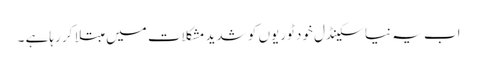
اب یہ نیا سکینڈل خود ٹوریوں کو شدید مشکلات میں مبتلا کر رہاہے ۔